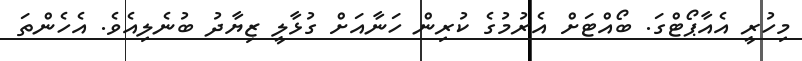
މިހުރީ އެއާޕޯޓްގަ. ބޯއްޓަށް އެރުމުގެ ކުރިން ހަނާއަށް ގުޅާލީ ޒިޔާދު ބުނެލިއެވެ. އެހެންތަ